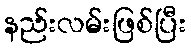
နည်းလမ်းဖြစ်ပြီး